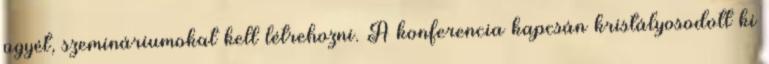
ügyét, szemináriumokat kell létrehozni. A konferencia kapcsán kristályosodott ki